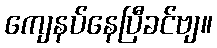
ကျေနပ်နေပြီခင်ဗျ။